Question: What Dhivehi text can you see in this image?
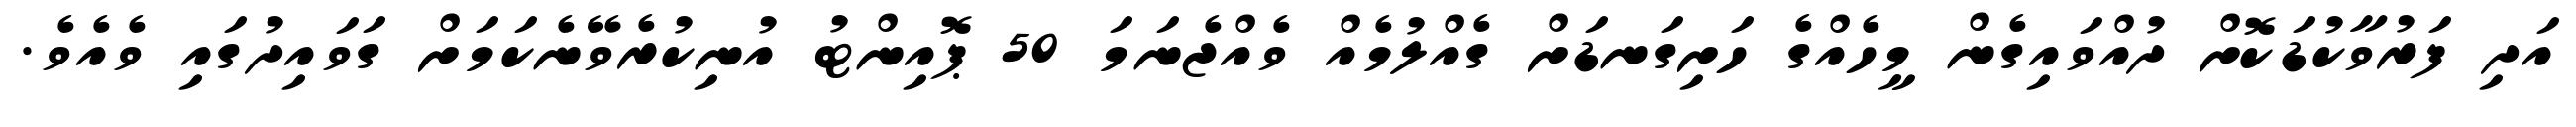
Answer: އަދި ފަރުވާކުޑަކޮށް ދުއްވައިގެން މީހެއްގެ ހަށިގަނޑަށް ގެއްލުމެއް ވެއްޖެނަމަ 50 ޕޮއިންޓު އުނިކުރެވޭނެކަމަށް ގަވައިދުގައި ވެއެވެ.